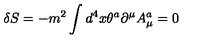
\delta S = - m ^ { 2 } \int d ^ { 4 } x \theta ^ { a } \partial ^ { \mu } A _ { \mu } ^ { a } = 0